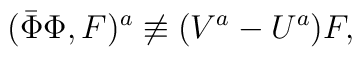
(\bar{\Phi}\Phi,F)^a\not\equiv(V^a-U^a)F,